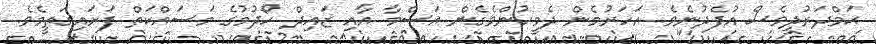
ޙަމްދަރުދީވެސް އުފެދުނެވެ. އަހަރުމެން ދެމީހުންވެގެން އަސްމާ އާއި ޒައިދް ހޯދުމުގެ މަސައްކަތް ފަށައިގަތީމެވެ.